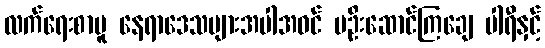
လက်ရေးစာမူ နေရာဒေသများအပါအဝင် မဦးဆောင်ကြချေ ပါရီနှင့်